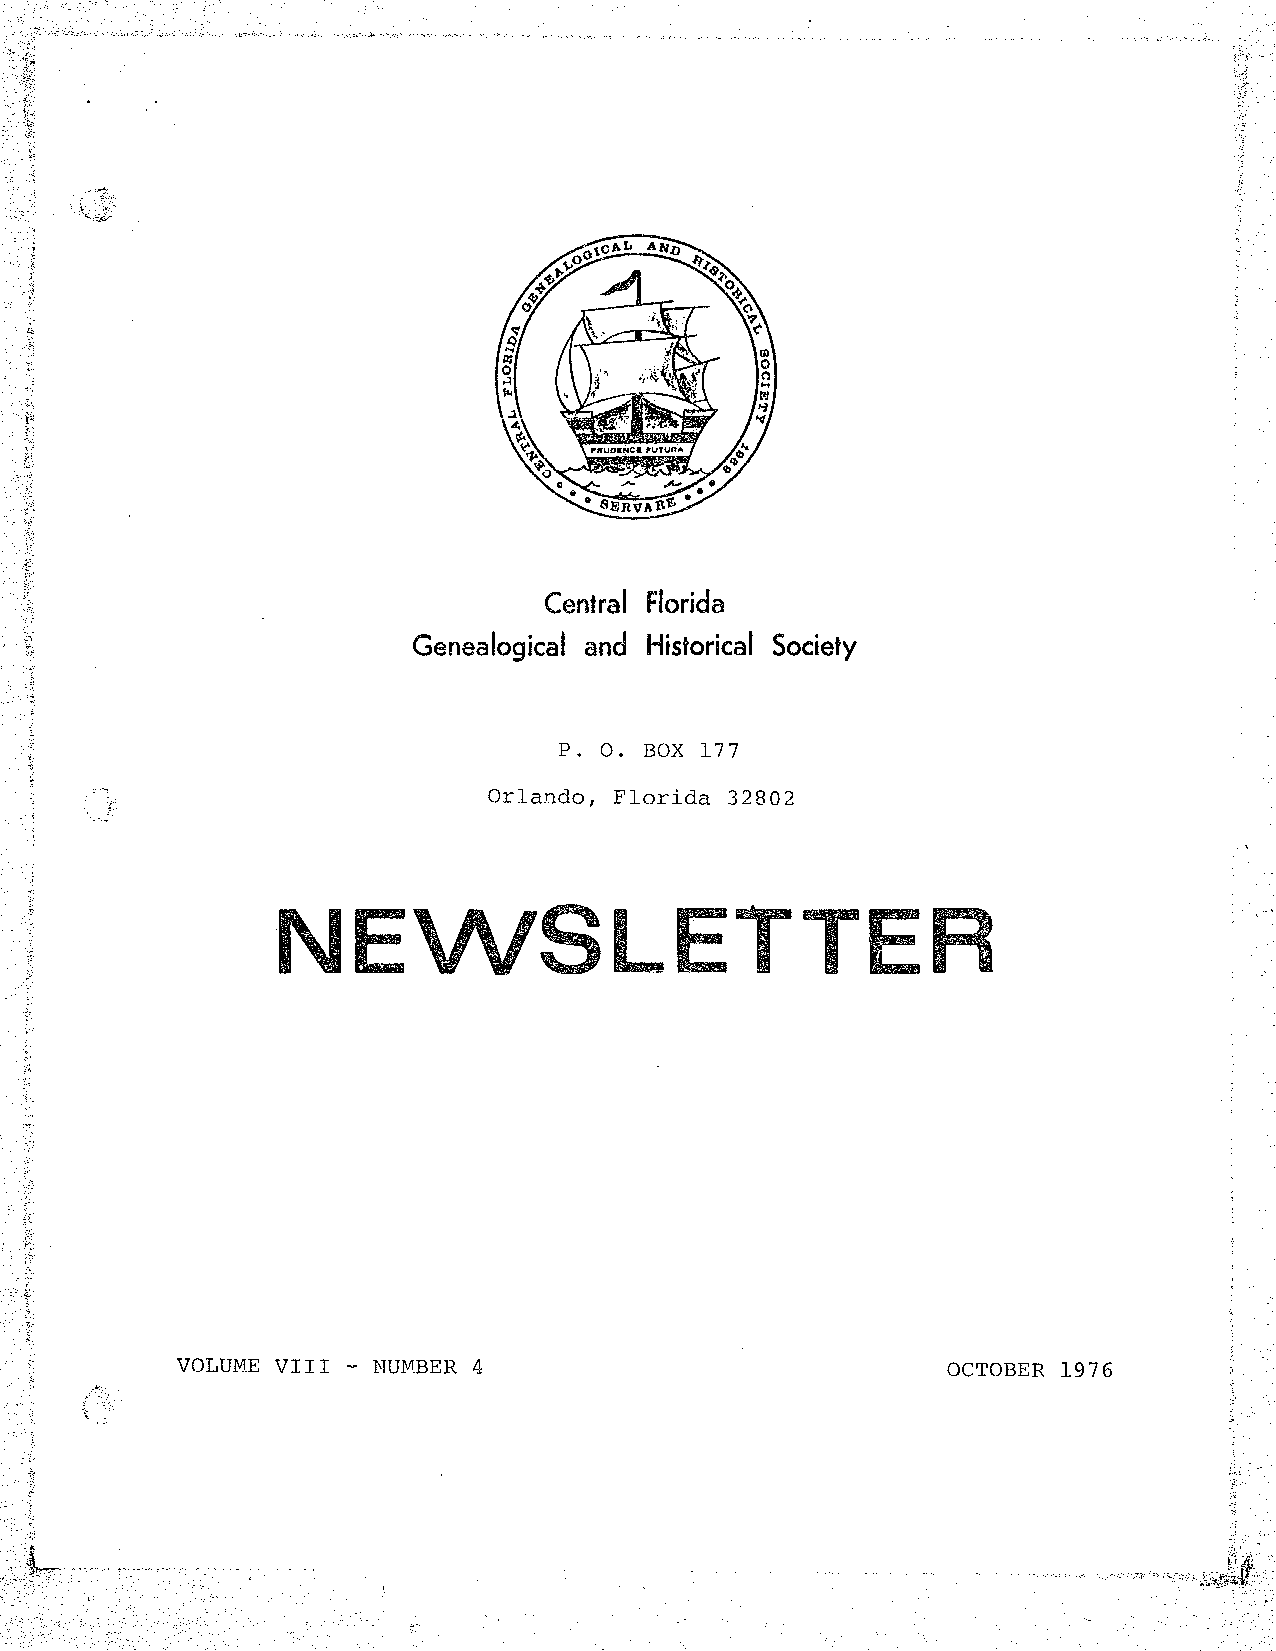
Central Florida
 Genealogical and Historical Society
 P. 0. BOX 177
 Orlando, Florida 32802
 NE
 VOLUME VIII - NUI'A.BER 4                          OCTOBER 1976